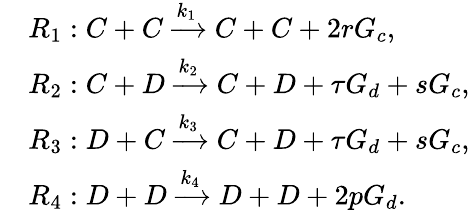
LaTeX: \begin{array}{rl}&{R_{1}:C+C\xrightarrow{k_{1}}C+C+2rG_{c},}\\ &{R_{2}:C+D\xrightarrow{k_{2}}C+D+\tau G_{d}+sG_{c},}\\ &{R_{3}:D+C\xrightarrow{k_{3}}C+D+\tau G_{d}+sG_{c},}\\ &{R_{4}:D+D\xrightarrow{k_{4}}D+D+2pG_{d}.}\end{array}